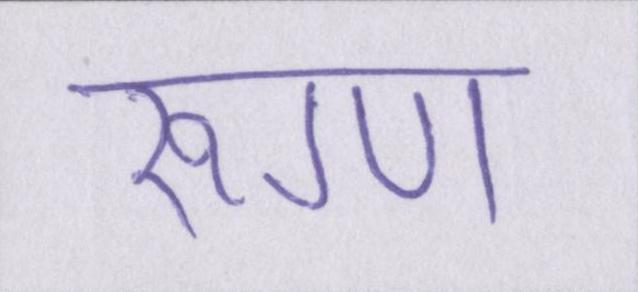
रूग्ण